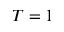
T = 1